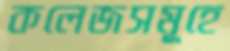
কলেজসমূহে